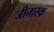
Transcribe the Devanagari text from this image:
जीनास्‍क